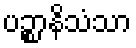
ပဉ္စာနိသံသာ